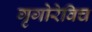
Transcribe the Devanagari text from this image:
गृगोरेविच